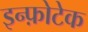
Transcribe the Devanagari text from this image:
इन्फ़ोटेक